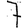
Digit: 7